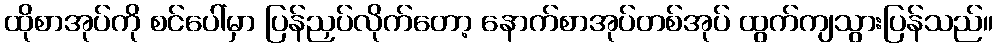
ထိုစာအုပ်ကို စင်ပေါ်မှာ ပြန်ညှပ်လိုက်တော့ နောက်စာအုပ်တစ်အုပ် ထွက်ကျသွားပြန်သည်။